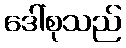
ဒေါ်စုသည်